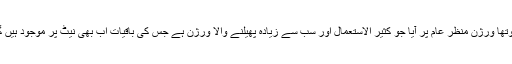
اس کتاب کی اشاعت کے ساتھ ہی پرل کا چوتھا ورژن منظر عام پر آیا جو کثیر الاستعمال اور سب سے زیادہ پھیلنے والا ورژن ہے جس کی باقیات اب بھی نیٹ پر موجود ہیں گو کہ اس کا آخری ٹانکہ 1992 میں آیا تھا۔